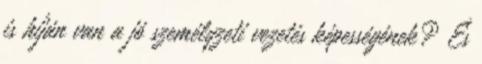
is híján van a jó személyzeti vezetés képességének? És